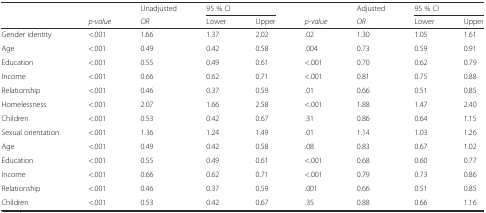
<table><thead><tr><td></td><td></td><td><b>Unadjusted</b></td><td colspan="2"><b>95 % CI</b></td><td></td><td><b>Adjusted</b></td><td colspan="2"><b>95 % CI</b></td></tr><tr><td></td><td><b><i>p-value</i></b></td><td><b><i>OR</i></b></td><td><b>Lower</b></td><td><b>Upper</b></td><td><b><i>p-value</i></b></td><td><b><i>OR</i></b></td><td><b>Lower</b></td><td><b>Upper</b></td></tr></thead><tbody><tr><td>Gender identity</td><td>&lt;.001</td><td>1.66</td><td>1.37</td><td>2.02</td><td>.02</td><td>1.30</td><td>1.05</td><td>1.61</td></tr><tr><td>Age</td><td>&lt;.001</td><td>0.49</td><td>0.42</td><td>0.58</td><td>.004</td><td>0.73</td><td>0.59</td><td>0.91</td></tr><tr><td>Education</td><td>&lt;.001</td><td>0.55</td><td>0.49</td><td>0.61</td><td>&lt;.001</td><td>0.70</td><td>0.62</td><td>0.79</td></tr><tr><td>Income</td><td>&lt;.001</td><td>0.66</td><td>0.62</td><td>0.71</td><td>&lt;.001</td><td>0.81</td><td>0.75</td><td>0.88</td></tr><tr><td>Relationship</td><td>&lt;.001</td><td>0.46</td><td>0.37</td><td>0.59</td><td>.01</td><td>0.66</td><td>0.51</td><td>0.85</td></tr><tr><td>Homelessness</td><td>&lt;.001</td><td>2.07</td><td>1.66</td><td>2.58</td><td>&lt;.001</td><td>1.88</td><td>1.47</td><td>2.40</td></tr><tr><td>Children</td><td>&lt;.001</td><td>0.53</td><td>0.42</td><td>0.67</td><td>.31</td><td>0.86</td><td>0.64</td><td>1.15</td></tr><tr><td>Sexual orientation</td><td>&lt;.001</td><td>1.36</td><td>1.24</td><td>1.49</td><td>.01</td><td>1.14</td><td>1.03</td><td>1.26</td></tr><tr><td>Age</td><td>&lt;.001</td><td>0.49</td><td>0.42</td><td>0.58</td><td>.08</td><td>0.83</td><td>0.67</td><td>1.02</td></tr><tr><td>Education</td><td>&lt;.001</td><td>0.55</td><td>0.49</td><td>0.61</td><td>&lt;.001</td><td>0.68</td><td>0.60</td><td>0.77</td></tr><tr><td>Income</td><td>&lt;.001</td><td>0.66</td><td>0.62</td><td>0.71</td><td>&lt;.001</td><td>0.79</td><td>0.73</td><td>0.86</td></tr><tr><td>Relationship</td><td>&lt;.001</td><td>0.46</td><td>0.37</td><td>0.59</td><td>.001</td><td>0.66</td><td>0.51</td><td>0.85</td></tr><tr><td>Children</td><td>&lt;.001</td><td>0.53</td><td>0.42</td><td>0.67</td><td>.35</td><td>0.88</td><td>0.66</td><td>1.16</td></tr></tbody></table>